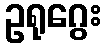
ဥရုဂွေး